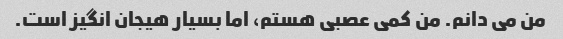
من می دانم. من کمی عصبی هستم، اما بسیار هیجان انگیز است.